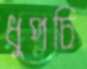
ধুপচি